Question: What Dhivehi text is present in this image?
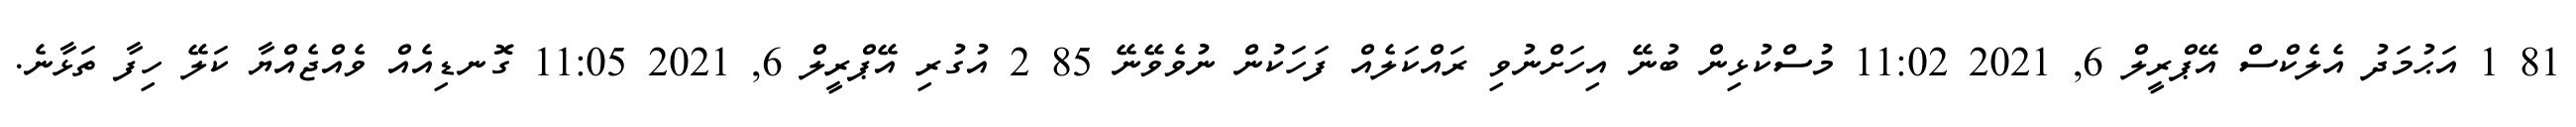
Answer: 81 1 އަޙުމަދު އެލެކްސް އޭޕްރީލް 6, 2021 11:02 މުސްކުޅިން ބުނޭ އިހަށްނުވި ރައްކަލެއް ފަހަކުން ނުވެވޭނޭ 85 2 އުގުރި އޭޕްރީލް 6, 2021 11:05 ގޮނޑިއެއް ވެއްޖެއްޔާ ކަލޭ ހިފާ ތަޅާނެ.